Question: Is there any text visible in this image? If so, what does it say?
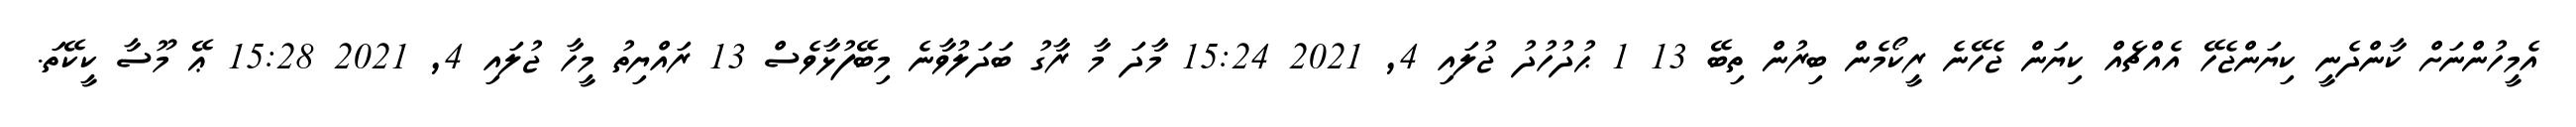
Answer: އެމީހުންނަށް ކާންދެނީ ކިޔަންޖެހޭ އެއްޗެއް ކިޔަން ޖެހޭނެ ރީކޯމެން ބިރުން ތިބޭ 13 1 ޙުދުހުދު ޖުލައި 4, 2021 15:24 މާދަ މާ ރާގު ބަދަލުވާނެ މިބޭފުޅާވެސް 13 ރައްޔިތު މީހާ ޖުލައި 4, 2021 15:28 ޢޭ މޫސާ ކީކޭތަ.